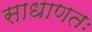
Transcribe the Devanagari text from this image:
साधाणतः